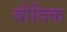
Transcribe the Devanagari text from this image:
बौदिक